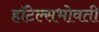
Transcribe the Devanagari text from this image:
हॉटेल्सभोवती